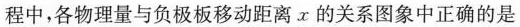
程中，各物理量与负极板移动距离α的关系图象中正确的是